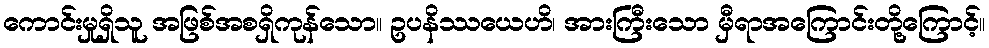
ကောင်းမှုရှိသူ အဖြစ်အစရှိကုန်သော။ ဥပနိဿယေဟိ၊ အားကြီးသော မှီရာအကြောင်းတို့ကြောင့်။